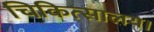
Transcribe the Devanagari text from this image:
चिकित्सालय।